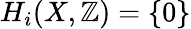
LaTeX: H_{i}(X,\mathbb{Z})=\{ 0\}